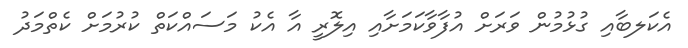
އެކަލބާއި ގުޅުމުން ވަރަށް އުފާވާކަމަށާއި އިލޮރީ އާ އެކު މަސައްކަތް ކުރުމަށް ކެތްމަދު